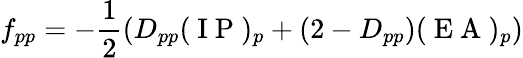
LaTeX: f_{pp}=-\frac{1}{2}\left(D_{pp}(\mathrm{~I~P~})_{p}+(2-D_{pp})(\mathrm{~E~A~})_{p}\right)